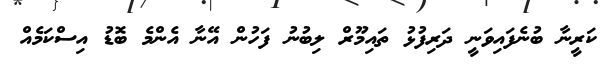
ކަރީނާ ބުނެފައިވަނީ ދަރިފުޅު ތައިމޫރް ލިބުނު ފަހުން އޭނާ އެންމެ ބޮޑު އިސްކަމެއް